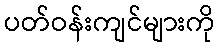
ပတ်ဝန်းကျင်များကို